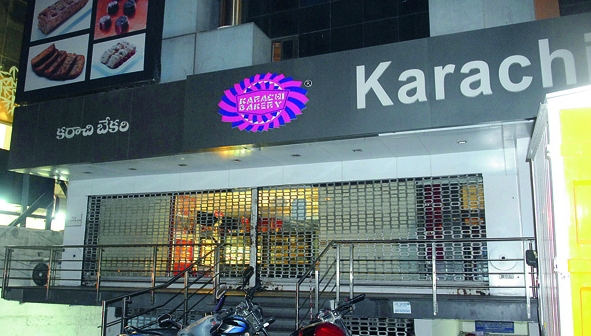
Language: telugu
Transcription: బేకరి కరాచి